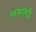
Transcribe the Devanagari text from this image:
समलई